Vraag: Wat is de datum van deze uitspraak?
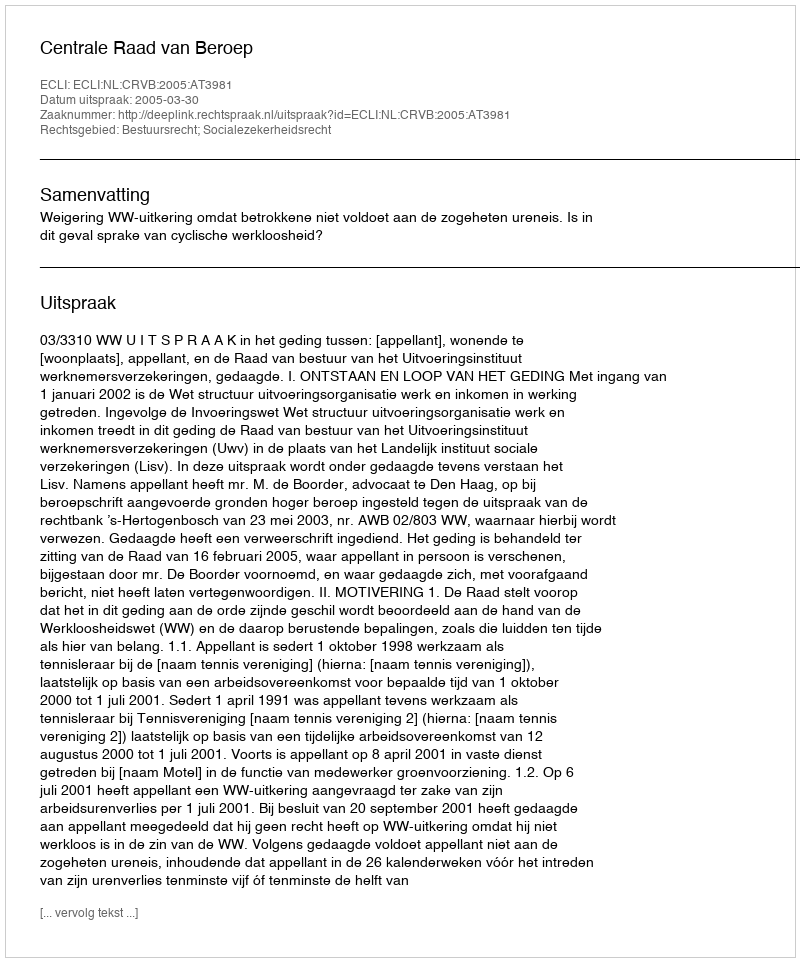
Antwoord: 2005-03-30